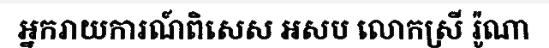
អ្នករាយការណ៍ពិសេស អសប លោកស្រី រ៉ូណា